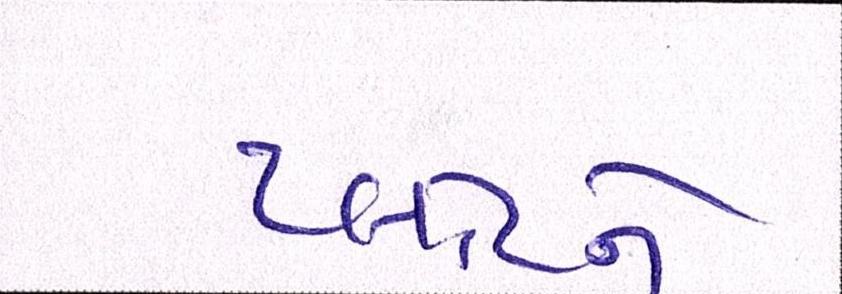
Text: પ્લોટને